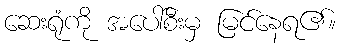
ဆေးရုံကို အပေါ်စီးမှ မြင်နေရ၏။